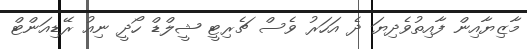
މާޒިޔާއިން ފާއިތުވެދިޔަ ދެ އަހަރު ވެސް ޗެރިޓީ ޝީލްޑް ހޯދީ ނިއު ރޭޑިއަންޓް